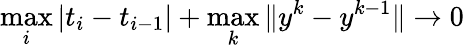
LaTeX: \operatorname*{max}_{i}|t_{i}-t_{i-1}|+\operatorname*{max}_{k}\| y^{k}-y^{k-1}\| \to 0